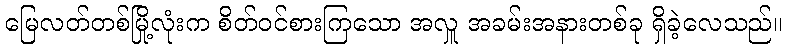
မြေလတ်တစ်မြို့လုံးက စိတ်ဝင်စားကြသော အလှူ အခမ်းအနားတစ်ခု ရှိခဲ့လေသည်။